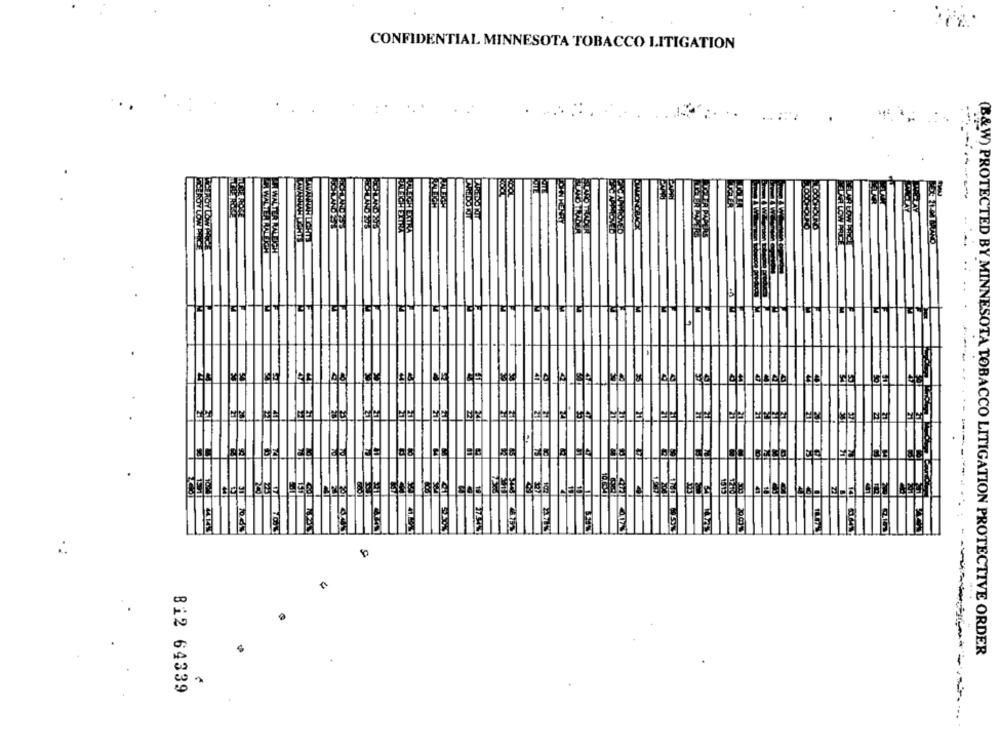
CONFIDENTIAL MINNESOTA TOBACCO LITIGATION
KOTE
LAREDO TOUT
ON HENRY
CARO TRADE
LECHLES
27.95
2178
(B&W) PROTECTED BY MINNESOTA TOBACCO LITIGATION PROTECTIVE ORDER
Bi2 64339